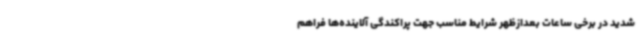
شدید در برخی ساعات بعدازظهر شرایط مناسب جهت پراکندگی آلاینده‌ها فراهم